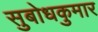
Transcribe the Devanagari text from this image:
सुबोधकुमार